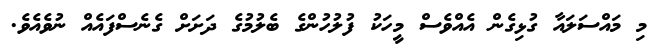
މި މައްސަލައާ ގުޅިގެން އެއްވެސް މީހަކު ފުލުހުންގެ ބެލުމުގެ ދަށަށް ގެނެސްފައެއް ނުވެއެވެ.